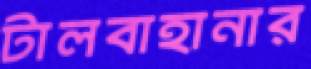
টালবাহানার